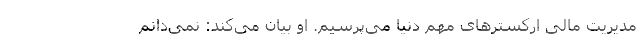
مدیریت مالی ارکسترهای مهم دنیا می‌پرسیم. او بیان می‌کند: نمی‌دانم